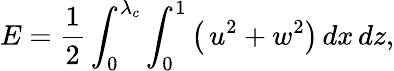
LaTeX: E=\frac{1}{2}\int_{0}^{\lambda_{c}}\int_{0}^{1}\left(\, u^{2}+w^{2}\right)\, dx\, dz,